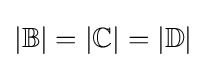
|\mathbb {B} |=|\mathbb {C} |=|\mathbb {D} |